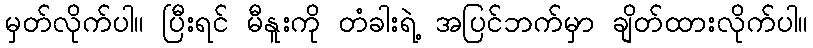
မှတ်လိုက်ပါ။ ပြီးရင် မီနူးကို တံခါးရဲ့ အပြင်ဘက်မှာ ချိတ်ထားလိုက်ပါ။